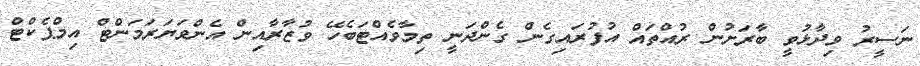
ނަސީރު ވިދާޅުވީ ބާރަށުން ރުއްތައް އުފުރައިގެން ގެންދަނީ ތިމާވެއްޓަބެހޭ ވުޒާރާއިން އެންވަޔަރަމަންޓް އިމްޕެކްޓް